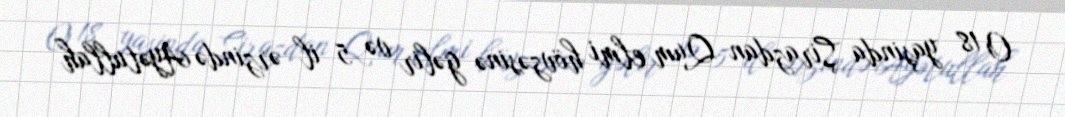
O 18 yaşinda Şirazdan Qum elmi hövzəsinə gəlir və 5 il ərzində Ayətullah